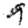
Digit: 9